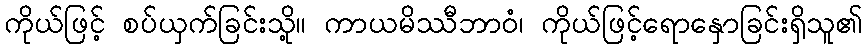
ကိုယ်ဖြင့် စပ်ယှက်ခြင်းသို့။ ကာယမိဿီဘာဝံ၊ ကိုယ်ဖြင့်ရောနှောခြင်းရှိသူ၏